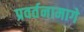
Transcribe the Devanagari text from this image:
प्रवर्तनामागे